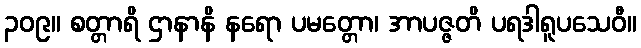
၃၀၉။ စတ္တာရိ ဌာနာနိ နရော ပမတ္တော၊ အာပဇ္ဇတိ ပရဒါရူပသေဝီ။